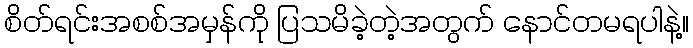
စိတ်ရင်းအစစ်အမှန်ကို ပြသမိခဲ့တဲ့အတွက် နောင်တမရပါနဲ့။